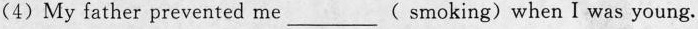
(4)My father prevented me___( smoking) when I was young.